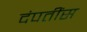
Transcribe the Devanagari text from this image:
दंपतींस